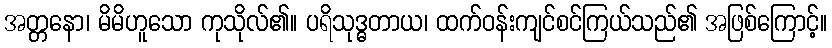
အတ္တနော၊ မိမိဟူသော ကုသိုလ်၏။ ပရိသုဒ္ဓတာယ၊ ထက်ဝန်းကျင်စင်ကြယ်သည်၏ အဖြစ်ကြောင့်။